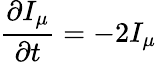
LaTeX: \frac{\partial I_{\mu}}{\partial t}=-2I_{\mu}